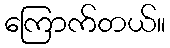
ကြောက်တယ်။